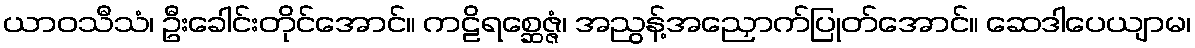
ယာဝသီသံ၊ ဦးခေါင်းတိုင်အောင်။ ကဠိရစ္ဆေဇ္ဇံ၊ အညွန့်အညှောက်ပြုတ်အောင်။ ဆေဒါပေယျာမ၊